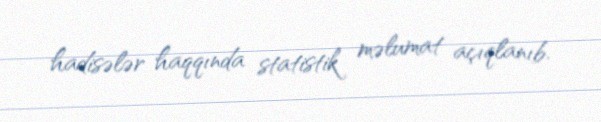
hadisələr haqqında statistik məlumat açıqlanıb.